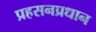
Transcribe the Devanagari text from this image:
प्रहसनप्रधान